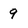
Character: 9